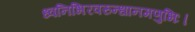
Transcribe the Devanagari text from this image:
ध्वनिभिरवरुन्धानमणुभिः।